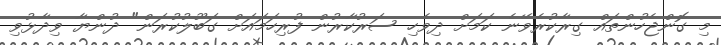
މި ގޮންޖެހުންތައް ގިރާކުރެވޭނެ ކަމަށް ދިވެހި ސަރުކާރުން ފުރިހަމައަށް ގަބޫލުކުރަން" ދުންޔާ ވިދާޅުވި